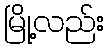
မြို့လည်း